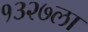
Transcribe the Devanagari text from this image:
१३२७ला